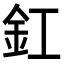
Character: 釭